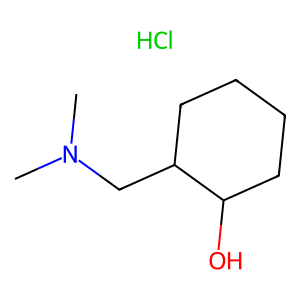
SMILES: CN(C)CC1CCCCC1O.Cl
Inhibits HIV replication: No